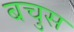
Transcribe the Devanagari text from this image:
बचुस